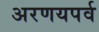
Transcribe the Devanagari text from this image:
अरणयपर्व